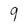
Character: 9